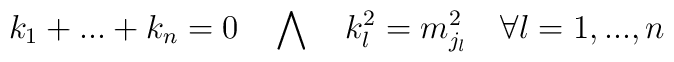
k_1+...+k_n=0\quad\bigwedge\quad k_l^2=m_{j_l}^2\quad\forall l=1,...,n